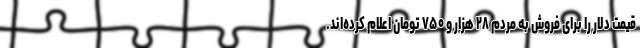
قیمت دلار را برای فروش به مردم ۲۸ هزار و ۷۵۰ تومان اعلام کرده‌اند.